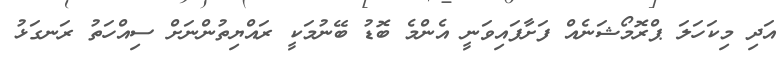
އަދި މިކަހަލަ ޕްރޮމޯޝަނެއް ފަށާފައިވަނީ އެންމެ ބޮޑު ބޭނުމަކީ ރައްޔިތުންނަށް ސިއްހަތު ރަނގަޅު